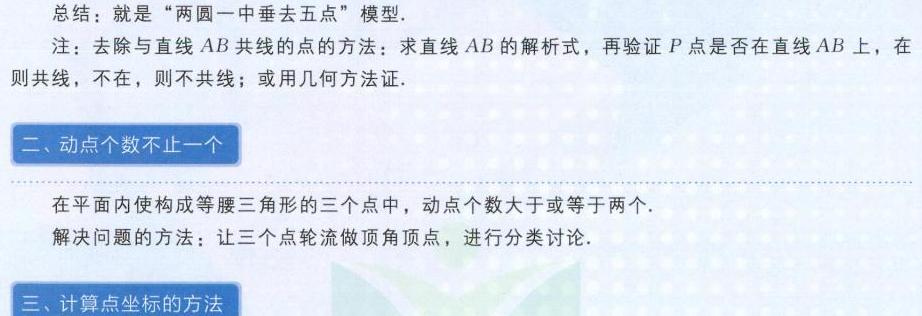
总结：就是“两圆一中垂去五点”模型.
注：去除与直线 \(AB\) 共线的点的方法：求直线 \(AB\) 的解析式，再验证 \(P\) 点是否在直线 \(AB\) 上，在则共线，不在，则不共线；或用几何方法证.
二、动点个数不止一个
在平面内使构成等腰三角形的三个点中，动点个数大于或等于两个.
解决问题的方法：让三个点轮流做顶角顶点，进行分类讨论.
三、计算点坐标的方法